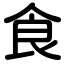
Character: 食